Vaccination in Bombay 1913-1923 - 1913-1923
Year: 1913
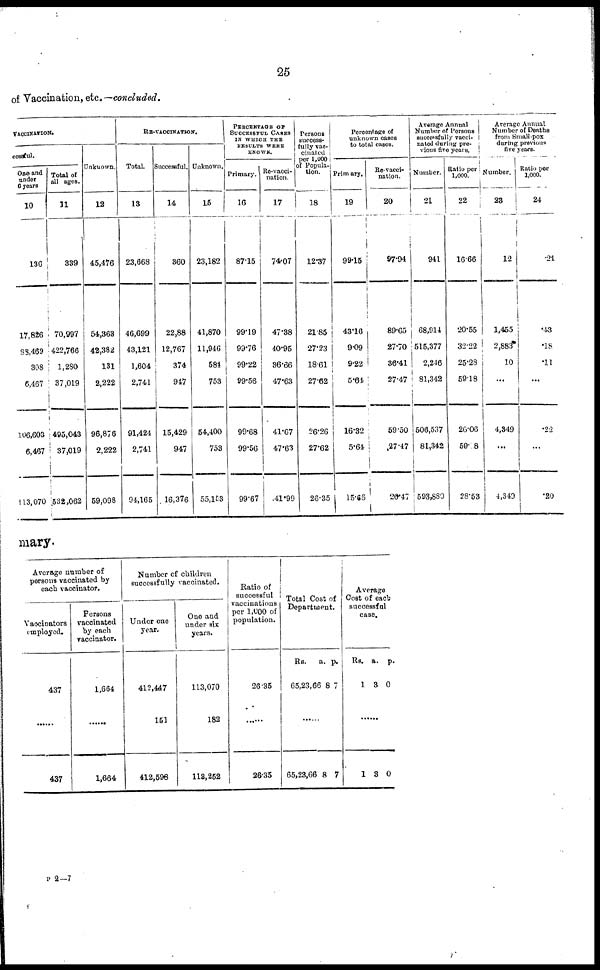
25
of Vaccination, etc.—concluded.
VACCINATION.
cessful.
One and
under
6 years
10
136
17,826
88,469
308
6,467
106,603
6,467
113,070
Total of
all ages.
11
339
70,997
422,766
1,280
37,019
495,043
37,019
532,062
Unknown.
12
45,476
54,363
42,382
131
2,222
96,876
2,222
59,098
RE-VACCINATION.
Total.
13
23,668
46,699
43,121
1,604
2,741
91,424
2,741
94,165
Successful.
14
360
22,88
12,767
374
947
15,429
947
16,376
Unknown.
15
23,182
41,870
11,946
584
753
54,400
753
55,153
PERCENTAGE OF
SUCCESSFUL CASES
IN WHICH THE
RESULTS WERE
KNOWN.
Primary.
16
87.15
99.19
99.76
99.22
99.56
99.68
99.56
99.67
Re-vacci-
nation.
17
74.07
47.38
40.95
36.66
47.63
41.67
47.63
41.99
Persons
success-
fully vac-
cinated
per 1,000
of Popula-
tion.
18
12.37
21.85
27.23
18.61
27.62
26.26
27.62
26.35
Percentage of
unknown cases
to total cases.
Primary.
19
99.15
43.16
9.09
9.22
5.64
16.32
5.61
15.66
Re-vacci-
nation.
20
97.94
89.65
27.70
36.41
27.47
59.50
27.47
26.47
Average Annual
Number of Persons
successfully vacci-
nated during pre-
vious five years.
Number.
21
941
68,914
515,377
2,246
81,342
506,537
81,342
593,880
Ratio per
1,000.
22
16.66
20.55
32.22
25.28
59.18
26.06
59.08
28.53
Average Annual
Number of Deaths
from Small-pox
during previous
five years.
Number.
23
12
1,455
2,883
10
...
4,349
...
4,340
Ratio per
1,000.
24
.21
.43
.18
.11
...
.22
...
.20
mary.
Average number of
persons vaccinated by
each vaccinator.
Vaccinators
employed.
437
......
437
Persons
vaccinated
by each
vaccinator.
1,664
......
1,664
Number of children
successfully vaccinated.
Under one
year.
412,447
151
412,598
One and
under six
years.
113,070
182
113,252
Ratio of
successful
vaccinations
per 1,000 of
population.
26.35
26.35
Total Cost of
Department.
Rs.
65,23,66
a.
8
p.
7
......
65,23,66 8 7
Average
Cost of each
successful
case.
Rs.
1
a.
3
p.
0
......
1 3 0
P 2—7